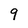
Character: 9